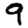
Digit: 9